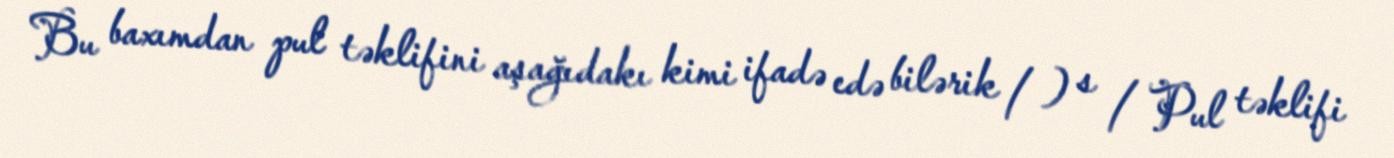
Bu baxımdan pul təklifini aşağıdakı kimi ifadə edə bilərik / ) s / Pul təklifi